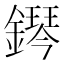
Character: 𨬩